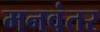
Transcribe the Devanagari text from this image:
मनवंतर